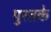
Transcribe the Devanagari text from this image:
पुश्तके